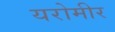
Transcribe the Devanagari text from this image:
यरोमीर